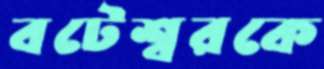
বটেশ্বরকে